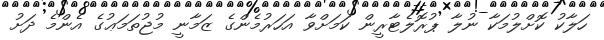
ހަލާކު ކޮށްލުމަކާ ނުލާ ޕުރޮލެޓާރީން ކަމަށްވާ އަހަރުމެންގެ ޒަމާނީ މުޖުތަމަޢުގެ އެންމެ ދަށު